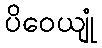
ပိဝေယျုံ